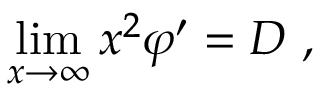
\operatorname * { l i m } _ { x \rightarrow \infty } x ^ { 2 } \varphi ^ { \prime } = D \ ,